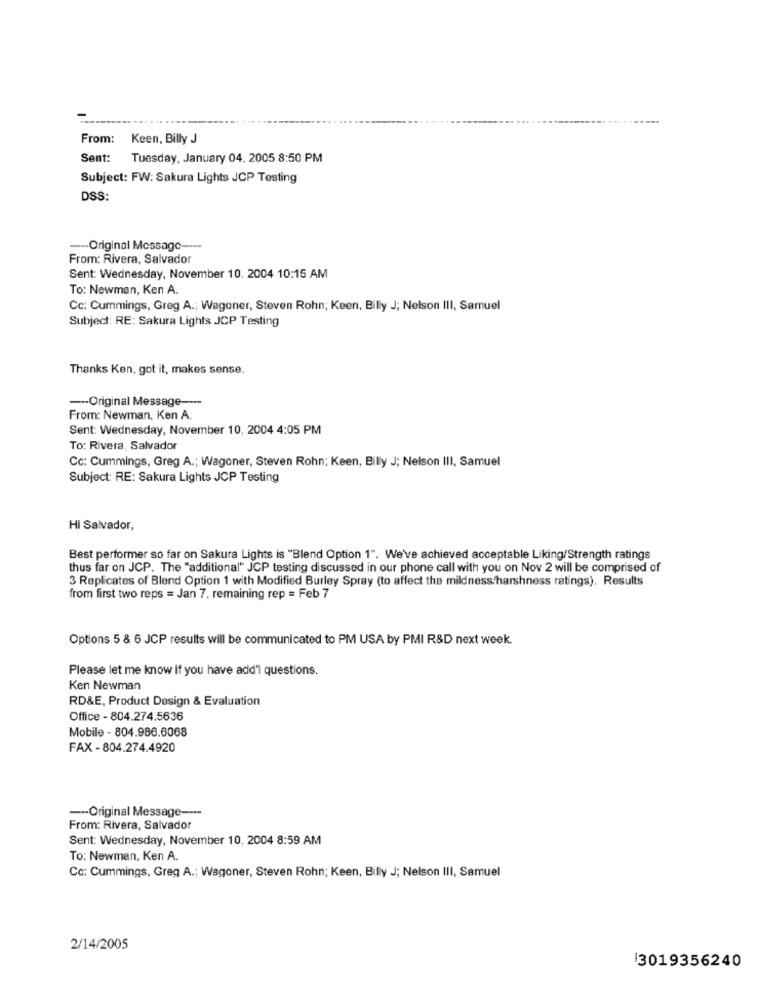
From: Keen, Billy J
Sent: Tuesday, January 04. 2005 8:50 PM
Subject: FW: Sakura Lights JCP Testing
DSS:
--- Original Message ----
From: Rivera, Salvador
Sent: Wednesday, November 10. 2004 10:15 AM
To: Newman, Ken A.
Cc: Cummings, Greg A .; Wagoner, Steven Rohn; Keen, Billy J; Nelson III, Samuel
Subject: RE: Sakura Lights JCP Testing
Thanks Ken, got it, makes sense,
--- Original Message ----
From: Newman, Ken A.
Sent: Wednesday, November 10, 2004 4:05 PM
To: Rivera, Salvador
Cc: Cummings, Greg A .; Wagoner, Steven Rohn; Keen, Billy J; Nelson III, Samuel
Subject: RE: Sakura Lights JCP Testing
Hi Salvador,
Best performer so far on Sakura Lights is "Blend Option 1". We've achieved acceptable Liking/Strength ratings
thus far on JCP. The "additional" JCP testing discussed in our phone call with you on Nov 2 will be comprised of
3 Replicates of Blend Option 1 with Modified Burley Spray (to affect the mildness/harshness ratings). Results
from first two reps = Jan 7, remaining rep = Feb 7
Options 5 & 6 JCP results will be communicated to PM USA by PMI R&D next week.
Please let me know if you have add'l questions.
Ken Newman
RD&E, Product Design & Evaluation
Office - 804.274.5636
Mobile - 804.986.6068
FAX - 804.274.4920
-Original Message ----
From: Rivera, Salvador
Sent: Wednesday, November 10, 2004 8:59 AM
To: Newman, Ken A.
Cc: Cummings, Greg A .; Wagoner, Steven Rohn; Keen, Billy J; Nelson III, Samuel
2/14/2005
13019356240